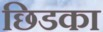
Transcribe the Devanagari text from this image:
छिडका